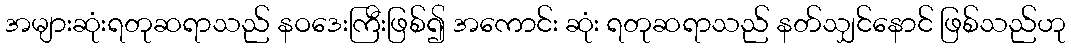
အများဆုံးရတုဆရာသည် နဝဒေးကြီးဖြစ်၍ အကောင်း ဆုံး ရတုဆရာသည် နတ်သျှင်နောင် ဖြစ်သည်ဟု